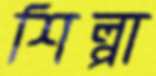
শিল্পা